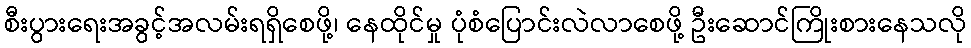
စီးပွားရေးအခွင့်အလမ်းရရှိစေဖို့၊ နေထိုင်မှု ပုံစံပြောင်းလဲလာစေဖို့ ဦးဆောင်ကြိုးစားနေသလို